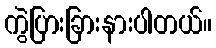
ကွဲပြားခြားနားပါတယ်။